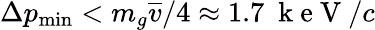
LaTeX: \Delta p_{\mathrm{min}}<m_{g}\overline{{v}}/4\approx 1.7~\mathrm{~k~e~V~}/c